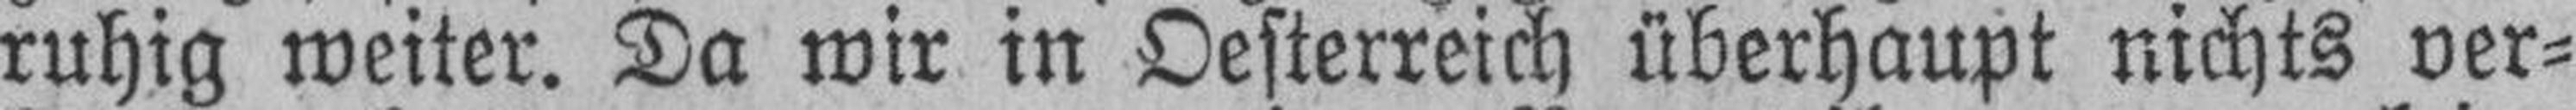
ruhig weiter. Da wir in Oesterreich überhaupt nichts ver¬